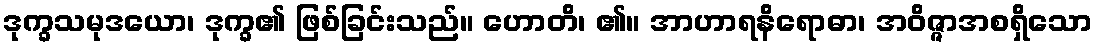
ဒုက္ခသမုဒယော၊ ဒုက္ခ၏ ဖြစ်ခြင်းသည်။ ဟောတိ၊ ၏။ အာဟာရနိရောဓာ၊ အဝိဇ္ဇာအစရှိသော